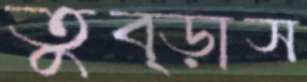
তুব্‌ড়াস